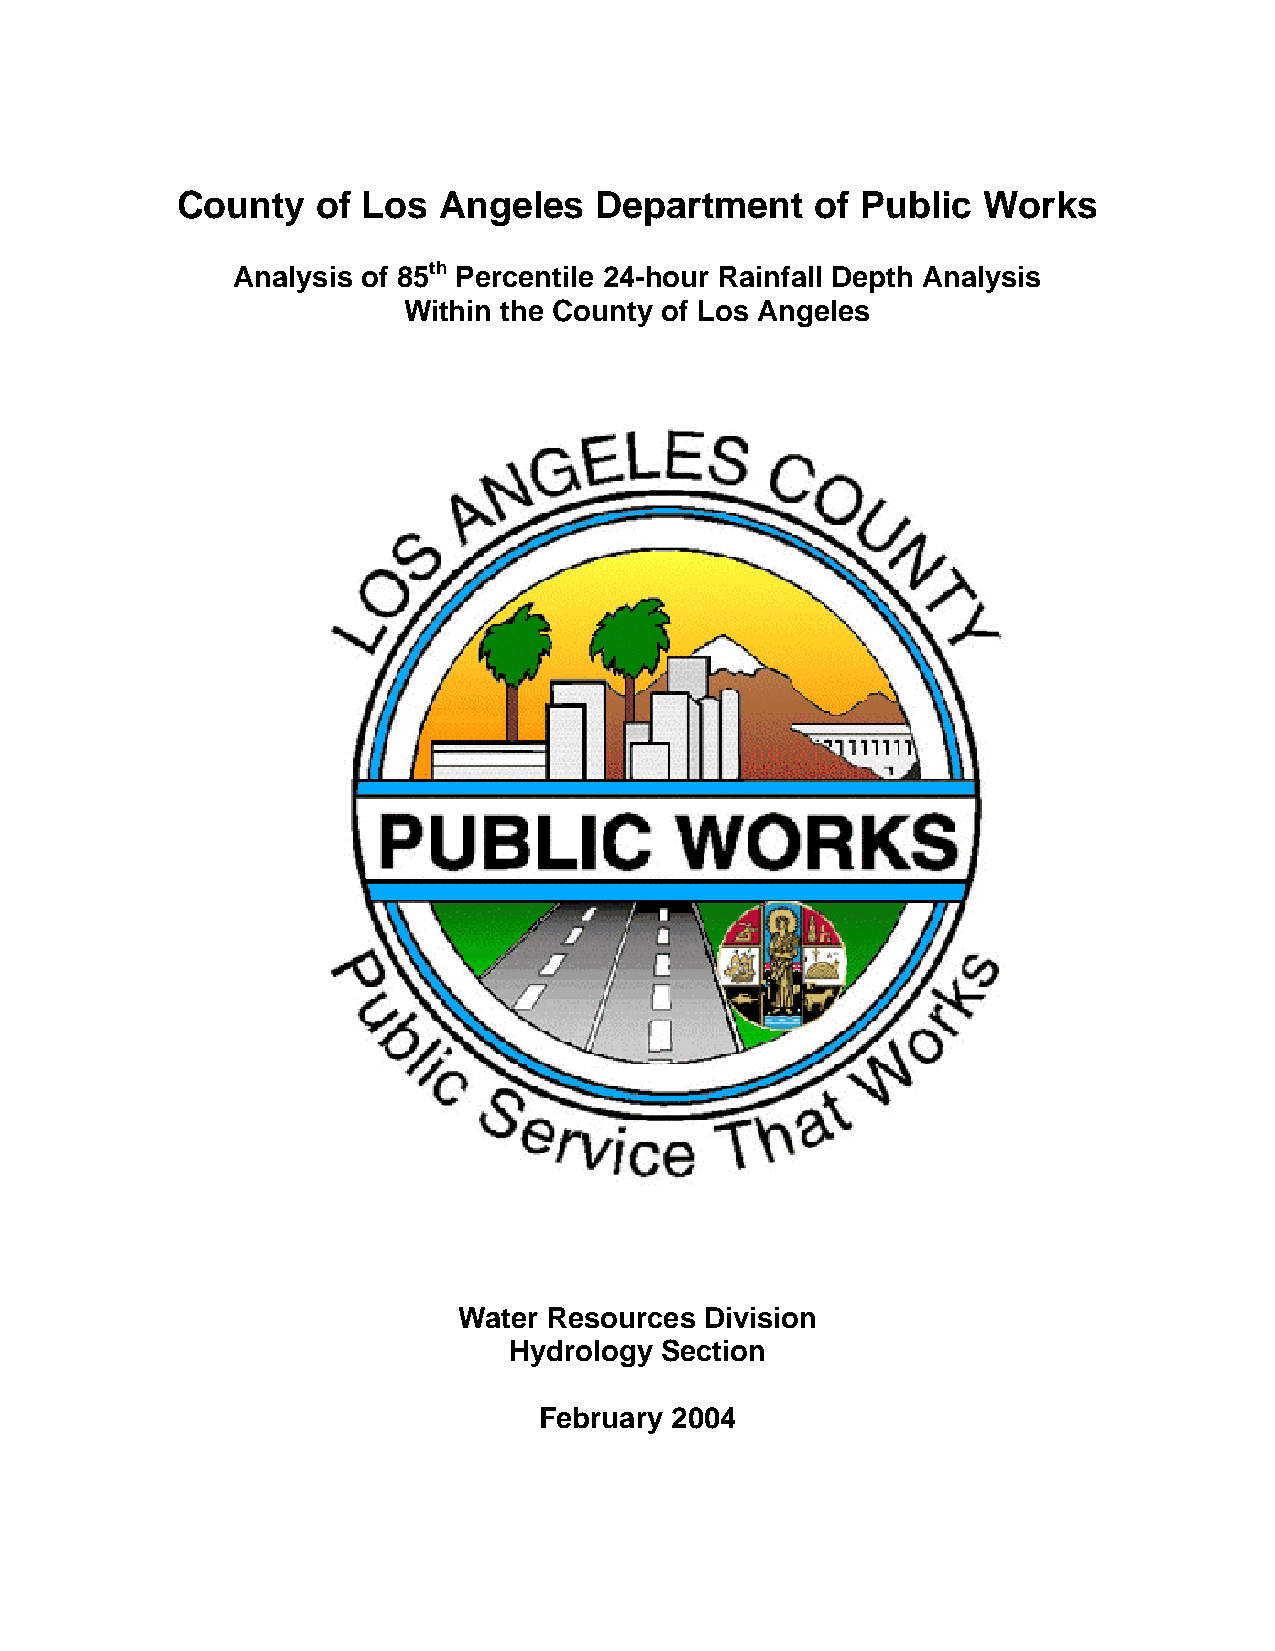
County   of Los  Angeles   Department     of Public  Works
 Analysis of 85th Percentile 24-hour Rainfall Depth Analysis
 Within the County of Los Angeles
 Water Resources  Division
 Hydrology Section
 February 2004